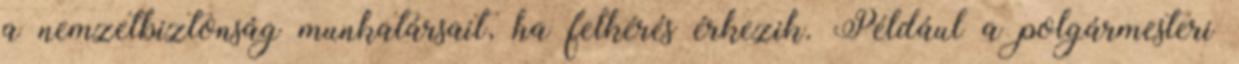
a nemzetbiztonság munkatársait, ha felkérés érkezik. Például a polgármesteri